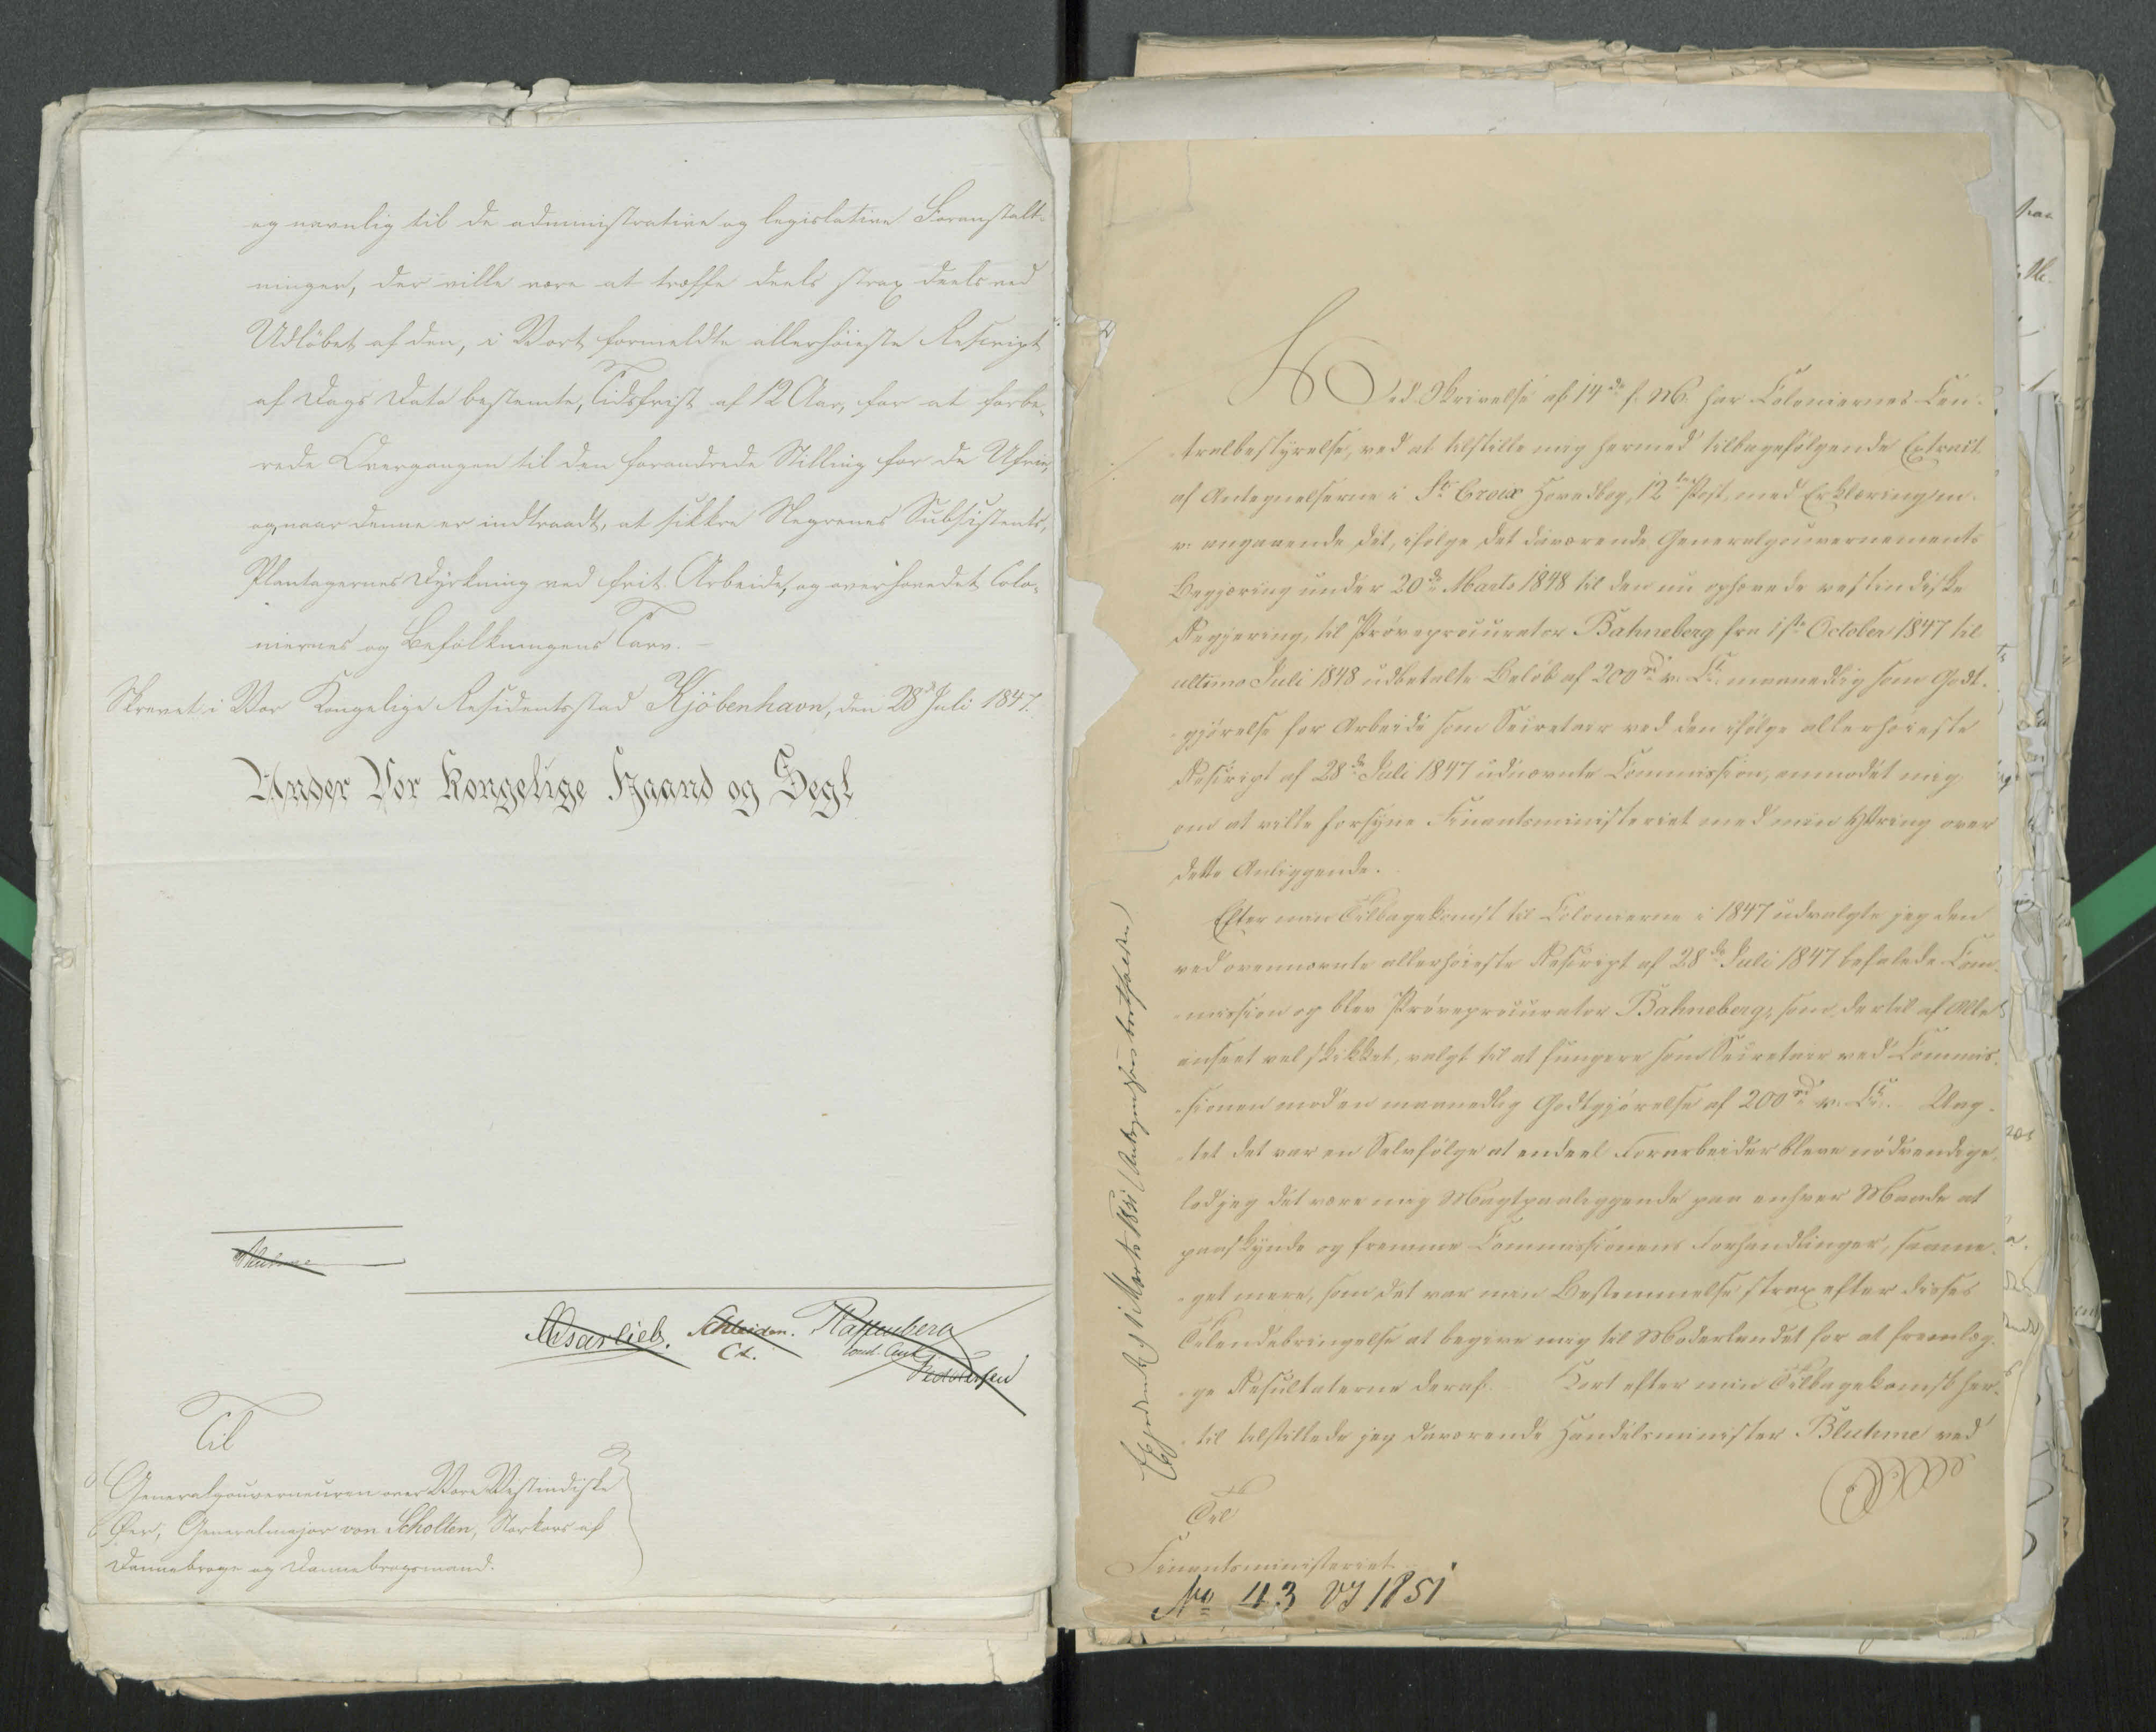
Transkription:
og navnlig til de administrative og legislative Foranstalt-
ninger, der ville være at træffe deels strax deels ved
Udløbet af den, i Vort formeldte allerhøieste Rescript
af Dags Dato bestemte, Tidsfrist af 12 Aar, for at forbe„
rede Overgangen til den forandrede Stilling for de Ufrie,
og, naar denne er indtraadt, at sikkre Negrenes Subsistents,
Plantagernes Dyrkning ved frit Arbeide, og overhovedet Colo„
niernes og Befolkningens Tarv. -
Skrevet i Vor Kongelige Residentsstad Kjøbenhavn, den 28de Juli 1847.

Under Vor Kongelige Haand og Segl

Til

Generalgouverneuren over Vore Vestindiske
Øer, Generalmajor von Scholten, Storkors af
Dannebroge og Dannebrogsmand.

Ved Skrivelse af 14de f: M: har Coloniernes Cen-
-tralbestyrelse, ved at tilstille mig hermed tilbagefølgende Extract
af Antegnelserne i St Croix Hovedbog, 12te Post, med Erklæringen-
v: angaaende det, ifølge det daværende Generalgouvernements
Begjæring under 20de Marts 1848 til den nu ophævede vestindiske
Regjering, til Prøveprocurator Bahneberg fra 1ste October 1847 til
ultimo Juli 1848 udbetalte Beløb af 200rd v: ??? maanedlig som Godt
gjørelse for Arbeide som Secretair ved den ifølge allerhøieste
Rescript af 28de Juli 1847 udnævnte Commission, anmodet mig
om at ville forsyne Finantsministeriet med min Yttring over
dette Anliggende.
Efter min Tilbagekomst til Colonierne i 1847 udvalgte jeg den
ved ovennævnte allerhøieste Rescript af 28de Juli 1847 befalede Com-
-mission og blev Prøveprocurator Bahneberg, som dertil af ???
??? vel skikket, valgt til at fungere som Secretair ved Commis-
-sionen mod en maanedlig Godtgjørelse af 200rd v: ???. Uagt-
-tet det var en Selvfølge at endeel Forarbeider bleve nødvendige
log jeg det være mig Magtpaaliggende paa enhver Maade at
paaskynde og fremme Commissionens Forhandlinger, saame-
-get mere, som det var min Bestemmelse strax efter disses
Tilendebringelse at begive mig til Moderlandet for at forelæg-
-ge Resultaterne deraf. Kort efter min Tilbagekomst her-
-til ???stillede jeg daværende Handelsminister Bluhme ved
Til
Finantsministeriet